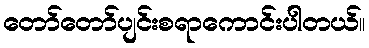
တော်တော်ပျင်းစရာကောင်းပါတယ်။